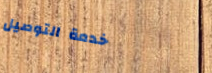
خدمة التوصيل